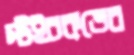
স্টইচকভের